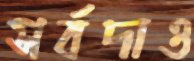
সর্বদাও